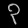
Digit: ၃